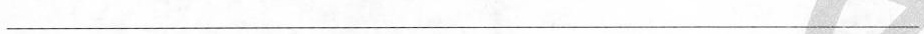
___